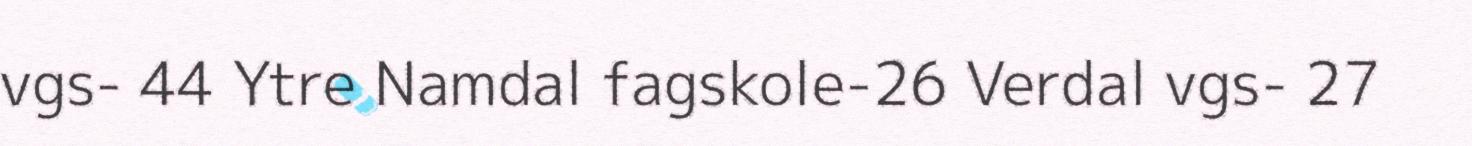
vgs- 44 Ytre Namdal fagskole-26 Verdal vgs- 27